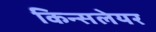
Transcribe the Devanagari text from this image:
किन्सलेयर